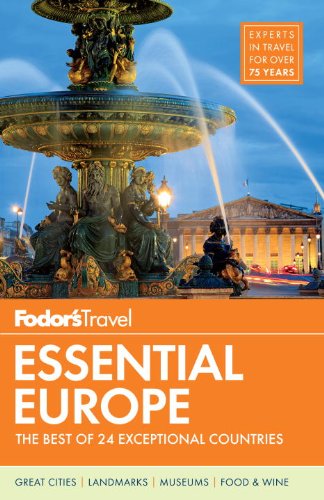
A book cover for Fodor's Essential Europe: The Best of 24 Exceptional Countries (Travel Guide); Fodor's; Travel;